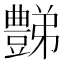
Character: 豑